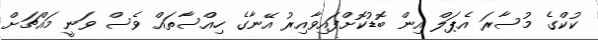
ކުކްގެ މުސާރަ އެޕަލް އިން ބޮޑުކޮށްފައިވާއިރު އޭނާގެ ހިއްސާތައް ވެސް ވަނީ މައްޗަށް